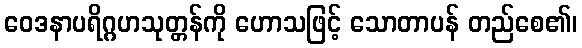
ဝေဒနာပရိဂ္ဂဟသုတ္တန်ကို ဟောသဖြင့် သောတာပန် တည်စေ၏၊